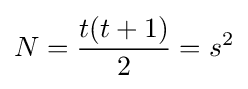
N={\frac {t(t+1)}{2}}=s^{2}